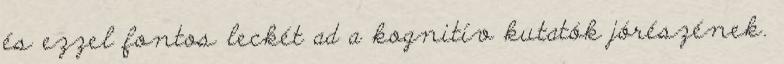
és ezzel fontos leckét ad a kognitív kutatók jórészének.